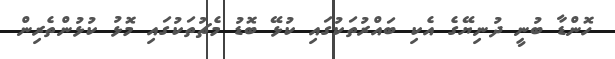
ހޮންޑާ ބުނީ ދުނިޔޭގެ އެކި ބައްރުތަކުގައި ކުޅޭ ބޮޑު މެޗުތަކުގައި މޮޅު ކުޅުންތެރިން